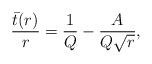
LaTeX: \begin{align*}\frac{\bar{t}(r)}{r} = \frac{1}{Q} - \frac{A}{Q\sqrt r}, \end{align*}